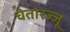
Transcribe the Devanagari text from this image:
चेतारज्जू